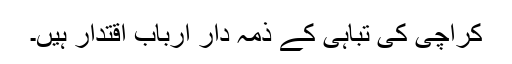
کراچی کی تباہی کے ذمہ دار ارباب اقتدار ہیں۔